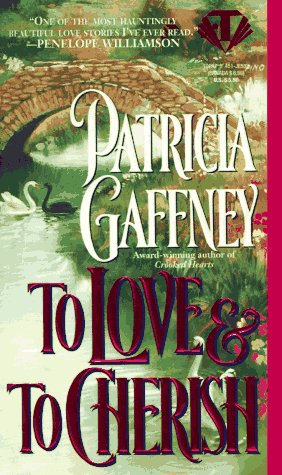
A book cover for To Love and to Cherish (Victorian Trilogy); Patricia Gaffney; Romance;